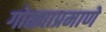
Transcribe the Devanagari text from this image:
गोळ्याप्रमाणे